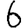
Digit: 6